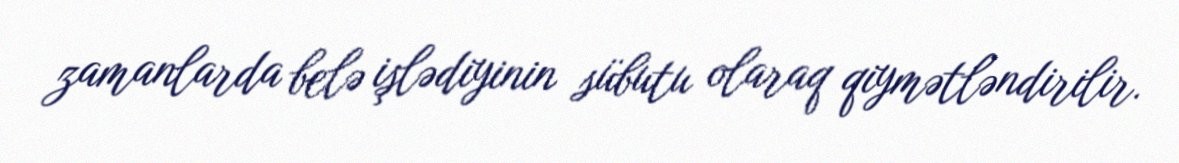
zamanlarda belə işlədiyinin sübutu olaraq qiymətləndirilir.